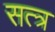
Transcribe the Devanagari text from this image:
सत्त्र